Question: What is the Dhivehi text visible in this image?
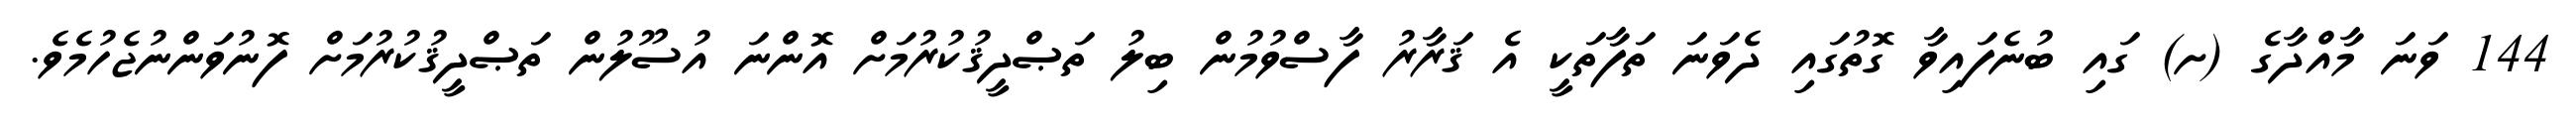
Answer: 144 ވަނަ މާއްދާގެ (ށ) ގައި ބުނެފައިވާ ގޮތުގައި ދެވަނަ ތަފާތަކީ އެ ޤަރާރު ފާސްވުމުން ބިލު ތަޞްދީޤުކުރުމަށް އޮންނަ އުސޫލުން ތަޞްދީޤުކުރުމަށް ފޮނުވަންނުޖެހުމެވެ.